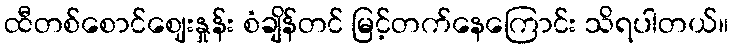
ထီတစ်စောင်ဈေးနှုန်း စံချိန်တင် မြင့်တက်နေကြောင်း သိရပါတယ်။